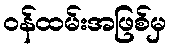
ဝန်ထမ်းအဖြစ်မှ